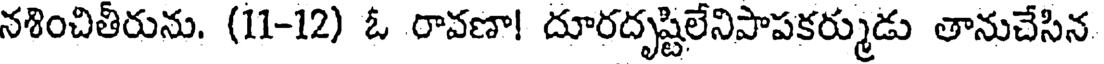
నశించితీరును. (11-12) ఓ రావణా! దూరదృష్టిలేనిపాపకర్ముడు తానుచేసిన